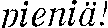
pieniä!